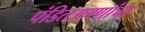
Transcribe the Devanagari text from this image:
पंडितअण्णांचा